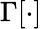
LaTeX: \Gamma[\cdot]